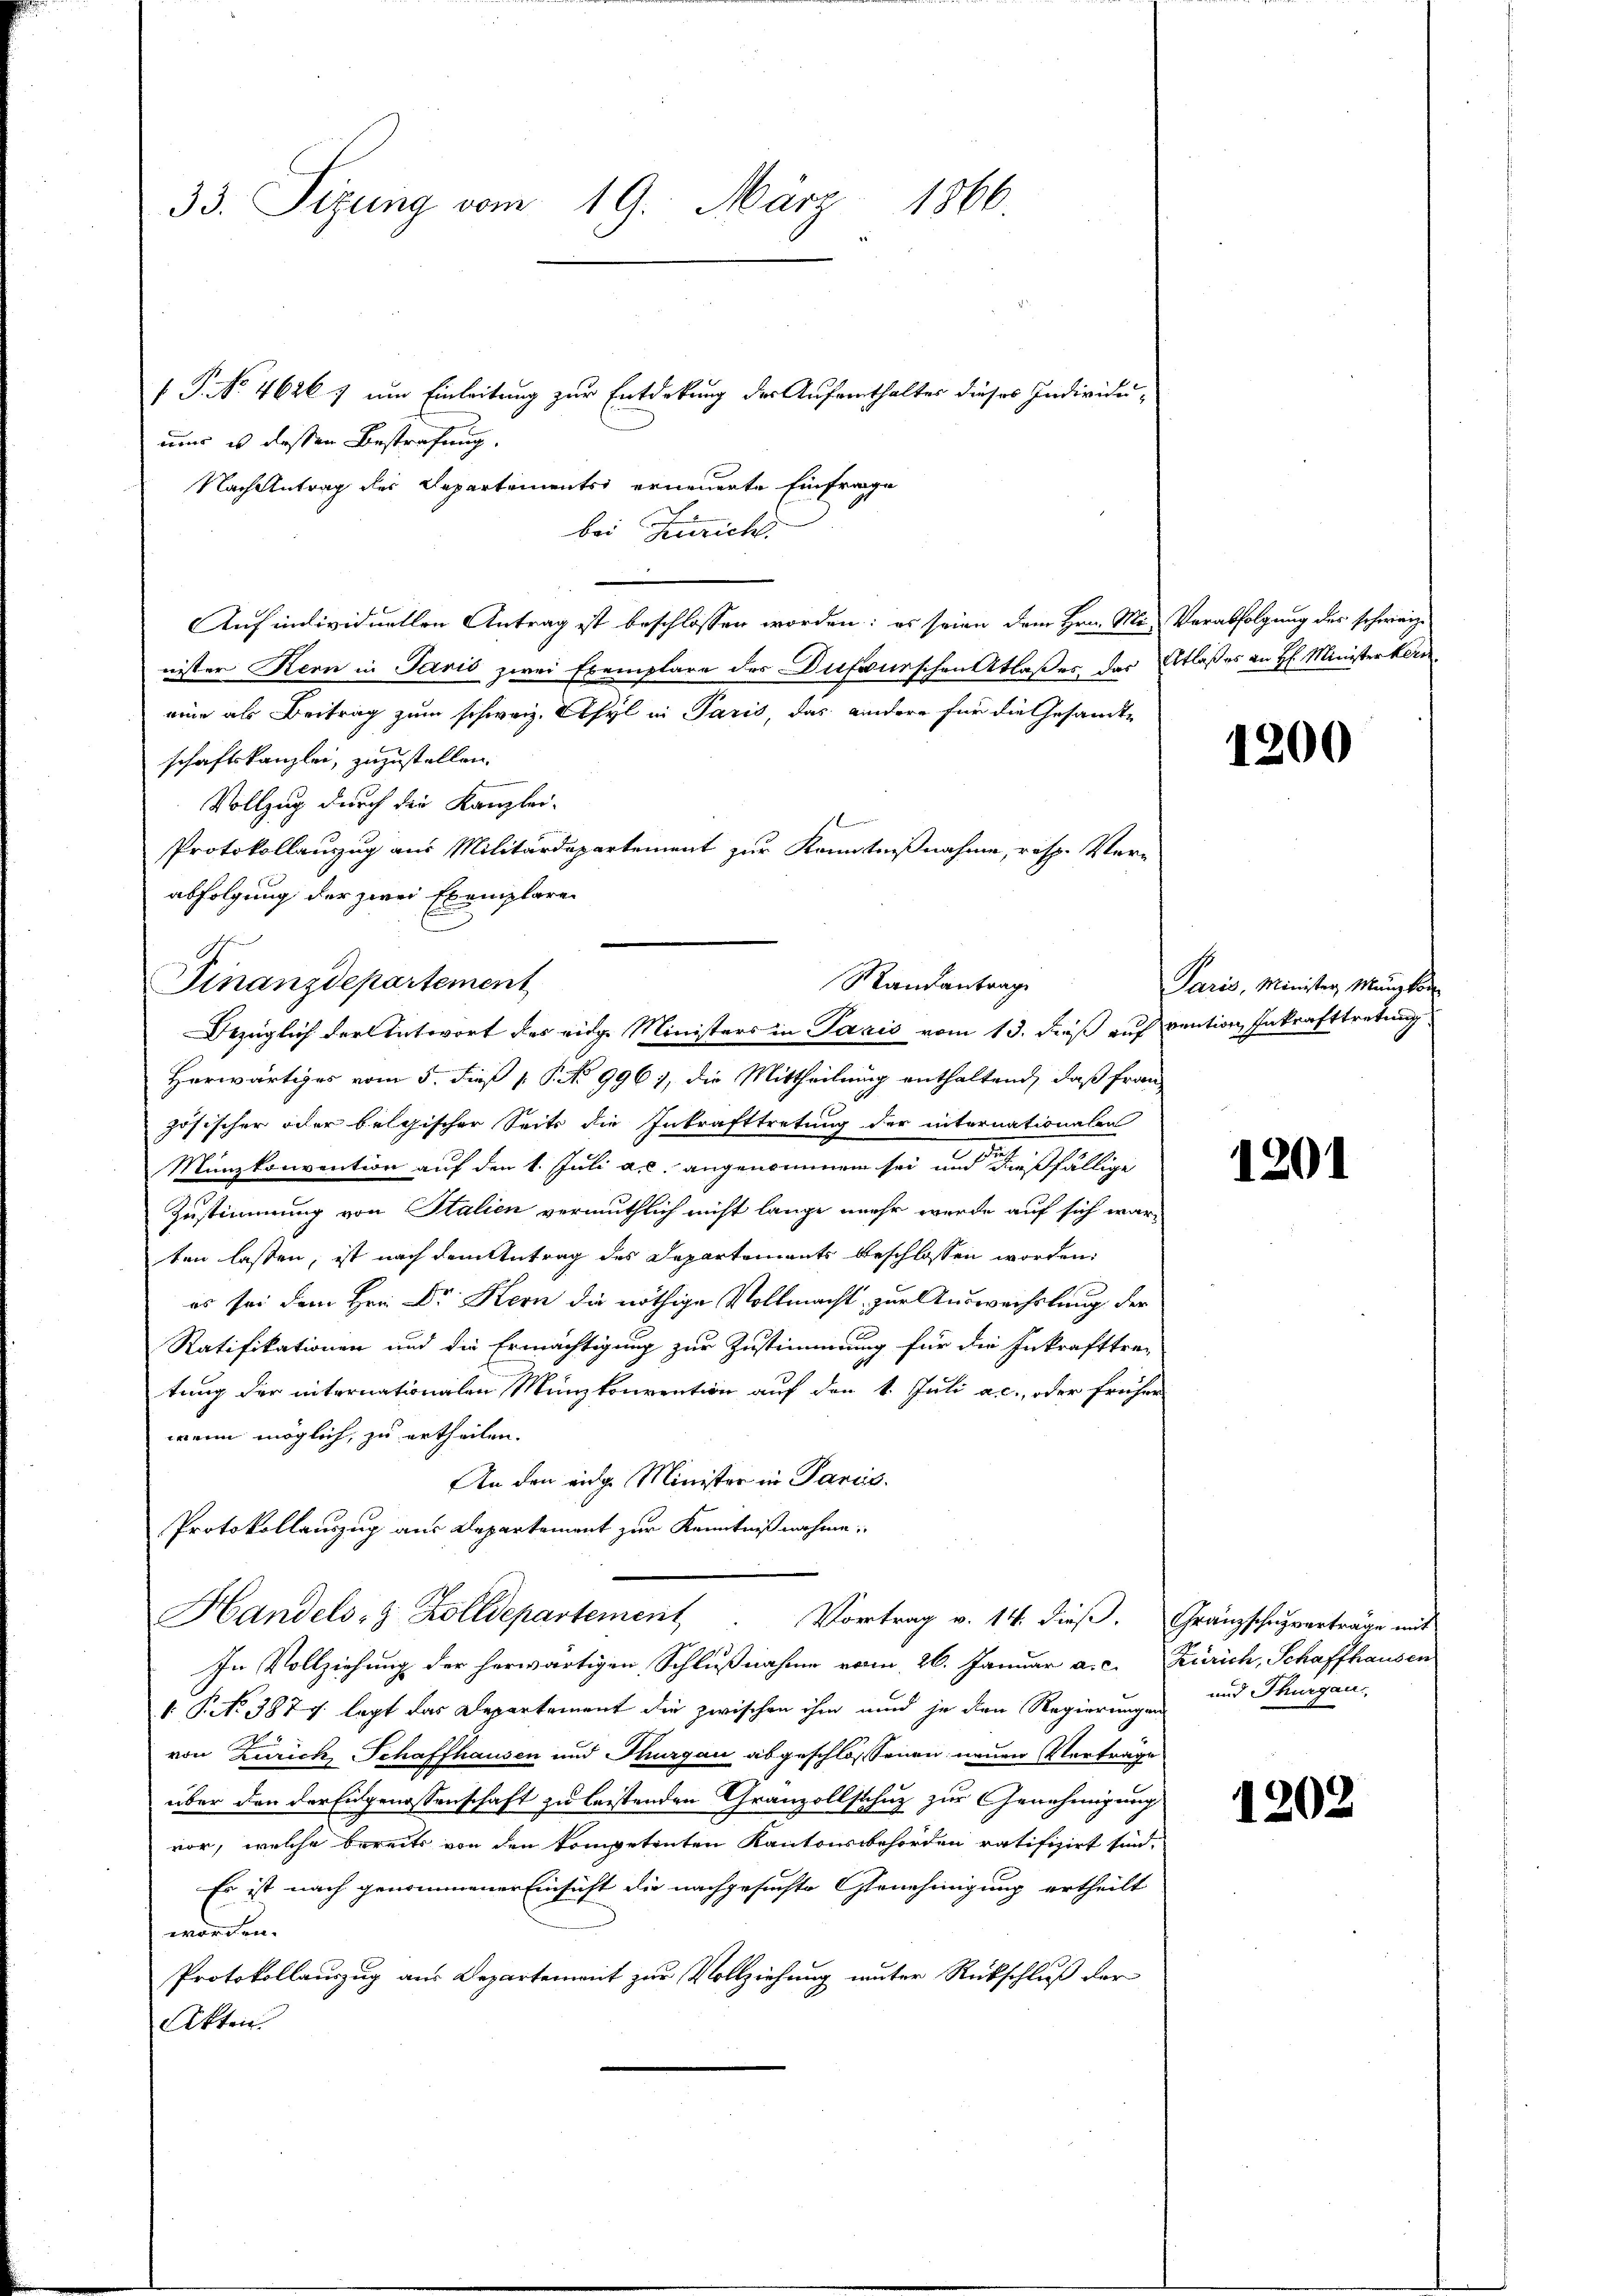
1866.
33. Sizung vom 19. März

P. Nr. 4626; um Einleitung zur Entdekung der Aufenthaltes dieses Individuuns es dessen Bestrafung.
Nach Antrag der Departements erneuerte Einfrage
bei Zürich
Auf individuellen Antrag ist beschlossen worden: es seien dem Hrn. Mi- Verabfolgung des schweiz
nister Kern in Paris zwei Exemplare der Dufourschen Atlaßes, das Atlaßes an H. Ministerkern
eine als Beitrag zum schweiz. Asyl in Paris, das andere für die Gesandte
schaftskanzlei, zuzustellen.
Vollzug durch die Kanzlei-
Protokollanzug aus Militärdepartement zur Kenntnißnahme, resp. Verabfolgung der zwei Exemplare
Herwärtiges vom 5. dieß P. No 996., die Mittheilung enthaltend, daß Frau
zösischer oder belgischer Seits die Inkrafttretung der internationalen
Münzkonvention auf den 1. Juli a.c. angenommen sei, und dießfällige
Zustimmung von Italien vermuthlich nicht lange mehr werde auf sich war-
ten lassen, ist nach dem Antrag des Departements beschlossen worden:
es sei dem Hrn. Dr Kern die nöthige Vollmacht, zur Auswechslung der
Ratifikationen und die Ermächtigung zur Zustimmung für die Inkrafttre-
tung der internationalen Münzkonvention auf den 1. Juli a.c., oder früher
wenn möglich, zu ertheilen.
An den eidg. Minister in Pancis.
Protokollauszug aus Departement zur Kenntnißnahme:
Handels- & Zolldepartement
Vortrag v. 14. dieß. Granzschulverträge mit
In Vollziehung der herwärtigen Schlußnahme vom 26. Januar a. c. Zürich, Schaffhausen
 P. No 387 f. legt das Departement die zwischen ihm und je den Regierungen
von Zürich, Schaffhausen und Thurgau abgeschlossenen neuen Vorträge
über den der Eidgenossenschaft zu leistenden Granzollschutz zur Genehmigung
vor, welche bereits von den kompetenten Kantonsbehörden ratifizirt sind.
Es ist nach genommener Einsicht die nachgesuchte Genehmigung ertheilt
worden.
Protokollauszug aus Departement zur Vollziehung unter Rückschluß der
Akten.

Finanzdepartement

Randantrage
Bezüglich der Antwort des eidge Ministers in Paris vom 13. dieß auf pention Inkrafttretung

1200

Paris, Minister Münzkir

1201

und Thurgau.

1202